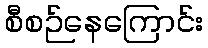
စီစဉ်နေကြောင်း